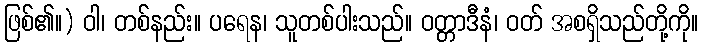
ဖြစ်၏။) ဝါ၊ တစ်နည်း။ ပရေန၊ သူတစ်ပါးသည်။ ဝတ္တာဒီနံ၊ ဝတ် အစရှိသည်တို့ကို။